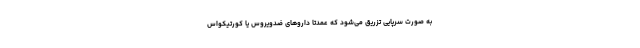
به صورت سرپایی تزریق می‌شود که عمدتا داروهای ضدویروس یا کورتیکواس